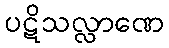
ပဋိသလ္လာဏေ